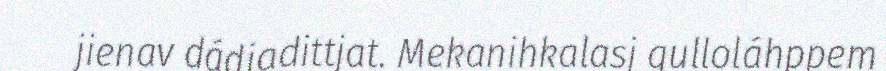
jienav dádjadittjat. Mekanihkalasj gulloláhppem